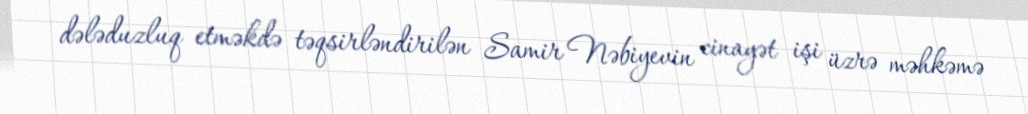
dələduzluq etməkdə təqsirləndirilən Samir Nəbiyevin cinayət işi üzrə məhkəmə